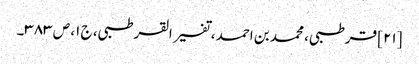
[۲۱] قرطبی، محمد بن احمد، تفسیر القرطبی، ج ۱، ص ۳۸۳۔